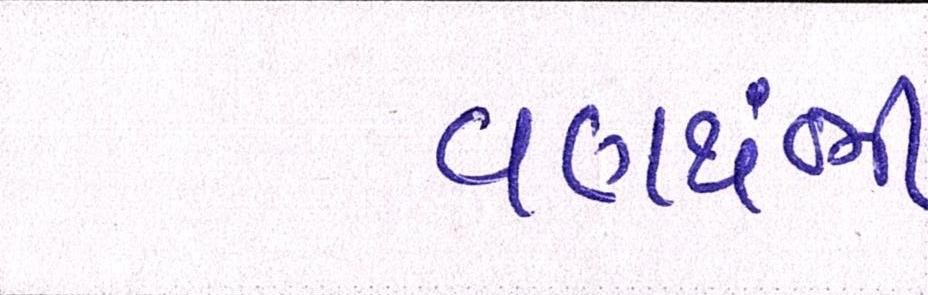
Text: વણથંભી